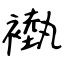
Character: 褹